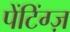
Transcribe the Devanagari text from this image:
पेंटिंग्ज़